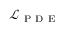
\mathcal { L } _ { \mathrm { ~ P ~ D ~ E ~ } }